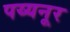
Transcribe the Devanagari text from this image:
पय्यनूर